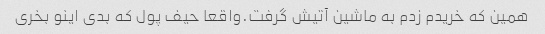
همین که خریدم زدم به ماشین آتیش گرفت.واقعا حیف پول که بدی اینو بخری